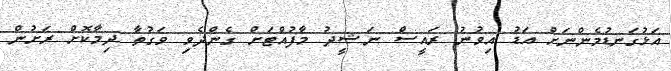
އަޅުުގަނޑުމެންނަށް އަޑު އިވުނު ރައީސް ނަޝީދު މާފުއްޓަށް ގެންދެވި ވަގުތާ ދިމާކޮށް ރަށުން